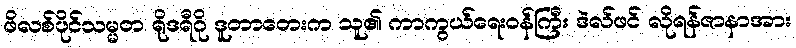
ဖိလစ်ပိုင်သမ္မတ ရိုဒရီဂို ဒူတာတေးက သူ၏ ကာကွယ်ရေးဝန်ကြီး ဒဲလ်ဖင် လိုရန်ဇာနာအား